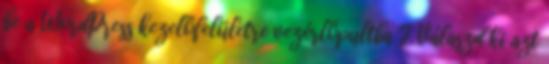
be a WordPress kezelőfelületre vezérlőpultba 2. Válaszd ki azt